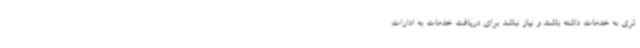
تری به خدمات داشته باشند و نیاز نباشد برای دریافت خدمات به ادارات